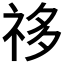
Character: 𰧺